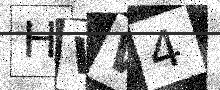
Text: HWW4